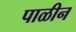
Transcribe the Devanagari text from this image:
पाळीन